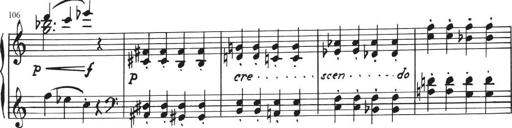
Title: Sonatina in E major
Composer: Paul von Klenau
Key: E major